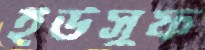
ইউসুফ